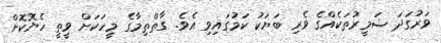
ވަރުގަދަ ޟަމީރުތަކެއްގެ ވެރި ބަޔަކު ކަމުގައިވި އެވެ. ގާތްތިމާގެ މީހަކަށް ވީތީ ހެޔޮކޮށް